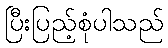
ပြီးပြည့်စုံပါသည်